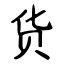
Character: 货